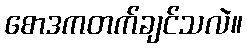
စောဒကတက်ချင်သလဲ။